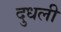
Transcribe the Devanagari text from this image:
दुधली